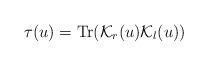
LaTeX: \begin{align*}\tau (u)={\rm Tr}( {\cal K}_{r}(u){\cal K}_{l}(u))\end{align*}